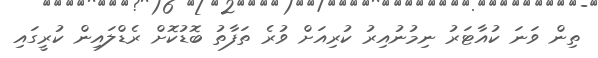
ތިން ވަނަ ކުއާޓަރު ނިމުނުއިރު ކުރިއަށް ވުރެ ތަފާތު ބޮޑުކޮށް ރެޑްލައިން ކުރީގައި